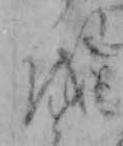
を